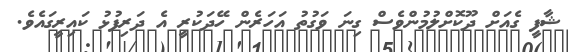
ޝާފީ ގެއަށް ދޫކޮށްލުމުންވެސް ގިނަ ވަގުތު އަހަރެން ހޭދަކުރީ އެ ދަރިފުޅު ކައިރީގައެވެ.